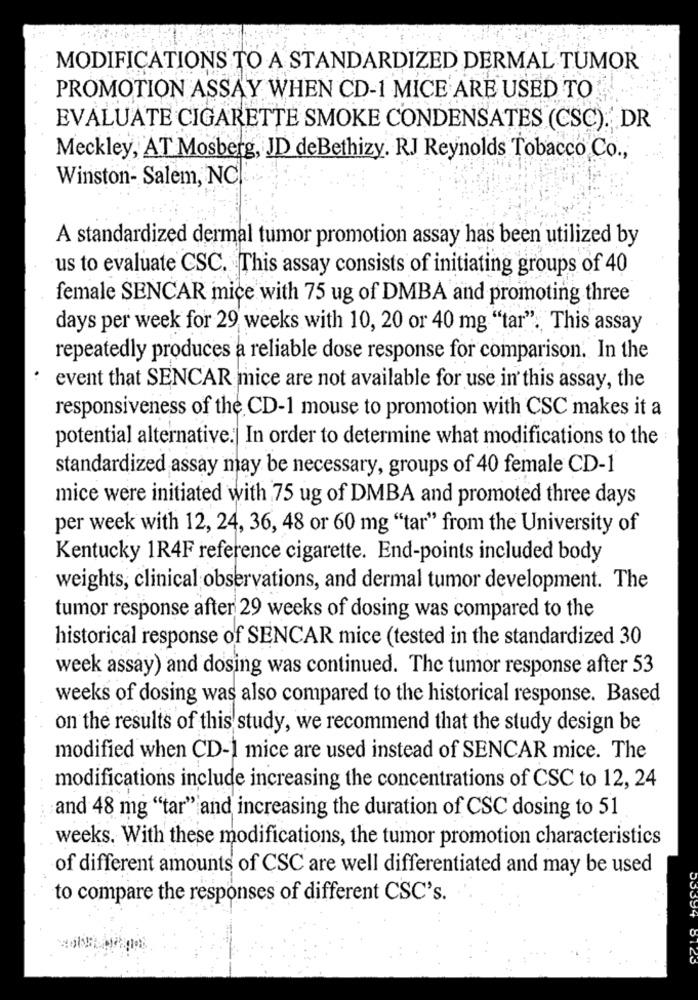
MODIFICATIONS TO A STANDARDIZED DERMAL TUMOR
PROMOTION ASSAY WHEN CD-1 MICE ARE USED TO
EVALUATE CIGARETTE SMOKE CONDENSATES (CSC). DR
Meckley, AT Mosberg, JD deBethizy. R.J Reynolds Tobacco Co .,
Winston- Salem, NC
A standardized dermal tumor promotion assay has been utilized by
us to evaluate CSC. This assay consists of initiating groups of 40
female SENCAR mice with 75 ug of DMBA and promoting three
days per week for 29 weeks with 10, 20 or 40 mg "tar". This assay
repeatedly produces a reliable dose response for comparison. In the
event that SENCAR mice are not available for use in this assay, the
responsiveness of the CD-1 mouse to promotion with CSC makes it a
potential alternative. In order to determine what modifications to the
standardized assay may be necessary, groups of 40 female CD-1
mice were initiated with 75 ug of DMBA and promoted three days
per week with 12, 24, 36, 48 or 60 mg "tar" from the University of
Kentucky 1R4F reference cigarette. End-points included body
weights, clinical observations, and dermal tumor development. The
tumor response after 29 weeks of dosing was compared to the
historical response of SENCAR mice (tested in the standardized 30
week assay) and dosing was continued. The tumor response after 53
weeks of dosing was also compared to the historical response. Based
on the results of this study, we recommend that the study design be
modified when CD-1 mice are used instead of SENCAR mice. The
modifications include increasing the concentrations of CSC to 12, 24
and 48 mg "tar" and increasing the duration of CSC dosing to 51
weeks. With these modifications, the tumor promotion characteristics
of different amounts of CSC are well differentiated and may be used
to compare the responses of different CSC's.